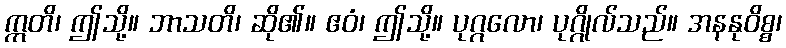
ဣတိ၊ ဤသို့။ ဘာသတိ၊ ဆို၏။ ဧဝံ၊ ဤသို့။ ပုဂ္ဂလော၊ ပုဂ္ဂိုလ်သည်။ အနနုဝိစ္စ၊